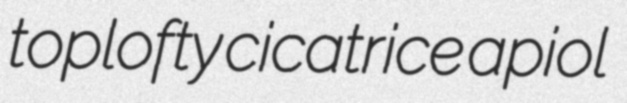
toplofty cicatrice apiol